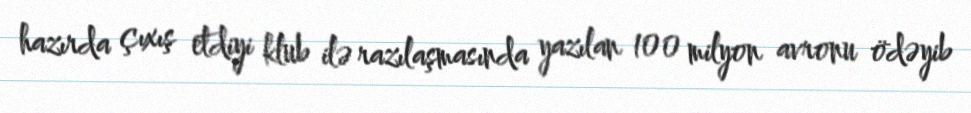
hazırda çıxış etdiyi klub ilə razılaşmasında yazılan 100 milyon avronu ödəyib